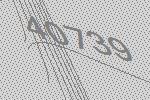
40739